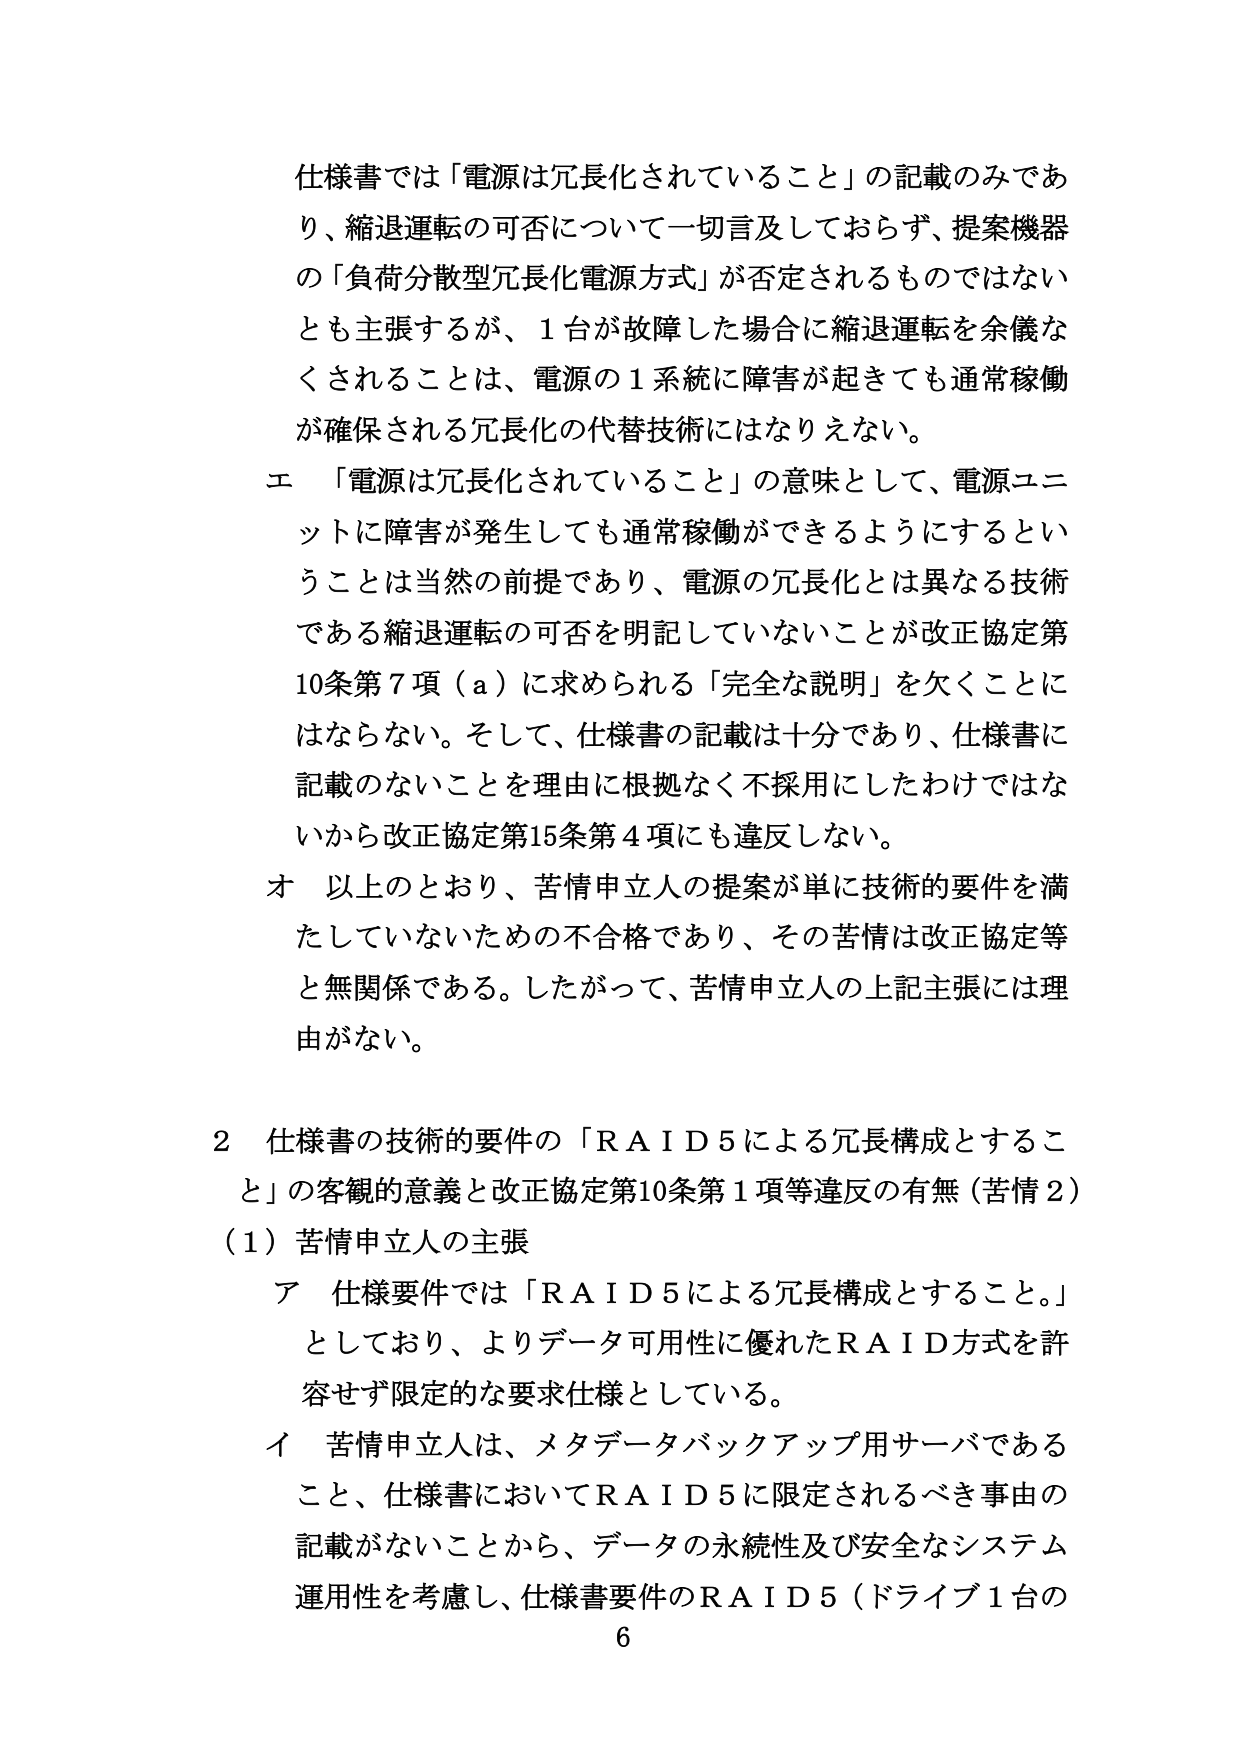
仕様書では「電源は冗長化されていること」の記載のみであり、縮退運転の可否について一切言及しておらず、提案機器の「負荷分散型冗長化電源方式」が否定されるものではないとも主張するが、1台が故障した場合に縮退運転を余儀なくされることとは、電源の1系統に障害が起きても通常稼働が確保される冗長化の代替技術にはなりえない。

エ 「電源は冗長化されていること」の意味として、電源ユニットに障害が発生しても通常稼働ができるようにするということは当然の前提であり、電源の冗長化とは異なる技術である縮退運転の可否を明記していないことが改正協定第10条第7項（a）に求められる「完全な説明」を欠くことにはならない。そして、仕様書の記載は十分であり、仕様書に記載のないことを理由に根拠なく不採用にしたわけではな いから改正協定第15条第4項にも違反しない。

オ 以上とのおり、苦情申立人の提案が単に技術的要件を満たしていないための不合格であり、その苦情は改正協定等と無関係である。したがって、苦情申立人の上記主張には理由がない。

2 仕様書の技術的要件の「ＲＡＩＤ５による冗長構成とすること」の客観的意義と改正協定第10条第1項等違反の有無（苦情2）

（1）苦情申立人の主張

ア 仕様要件では「ＲＡＩＤ５による冗長構成とすること。」としており、よりデータ可用性に優れたＲＡＩＤ方式を許容せず限定的な要求仕様としている。

イ 苦情申立人は、メタデータバックアップ用サーバであること、仕様書においてＲＡＩＤ５に限定されるべき事由の記載がないことから、データの永続性及び安全なシステム運用性を考慮し、仕様書要件のＲＡＩＤ５（ドライブ1台の

6